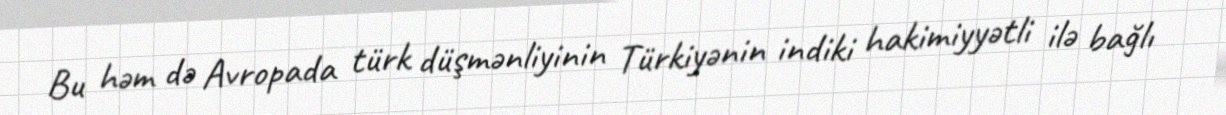
Bu həm də Avropada türk düşmənliyinin Türkiyənin indiki hakimiyyətli ilə bağlı